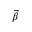
\vec { \beta }